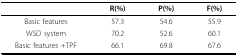
|  | R(%) | P(%) | F(%) |
 | --- | --- | --- | --- |
 | Basic features | 57.3 | 54.6 | 55.9 |
 | WSD system | 70.2 | 52.6 | 60.1 |
 | Basic features +TPF | 66.1 | 69.8 | 67.6 |